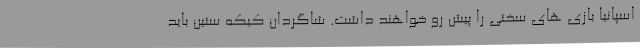
اسپانیا بازی های سختی را پیش رو خواهند داشت. شاگردان کیکه ستین باید